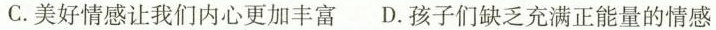
C.美好情感让我们内心更加丰富 D.孩子们缺乏充满正能量的情感